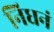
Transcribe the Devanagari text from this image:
निधनं